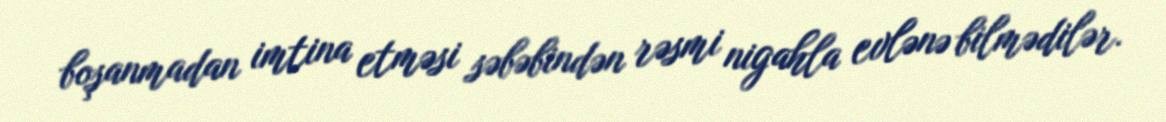
boşanmadan imtina etməsi səbəbindən rəsmi nigahla evlənə bilmədilər.